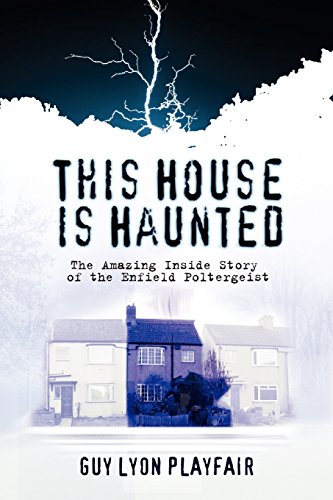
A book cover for This House is Haunted: The True Story of the Enfield Poltergeist; Guy Lyon Playfair; Religion & Spirituality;